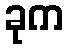
ခုက